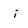
Character: i